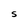
Character: S